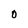
Character: O